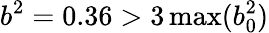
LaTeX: b^{2}=0.36>3\operatorname*{max}(b_{0}^{2})